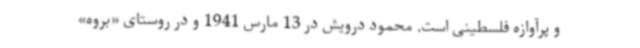
و پرآوازه فلسطینی است. محمود درویش در 13 مارس 1941 و در روستای «بروه»